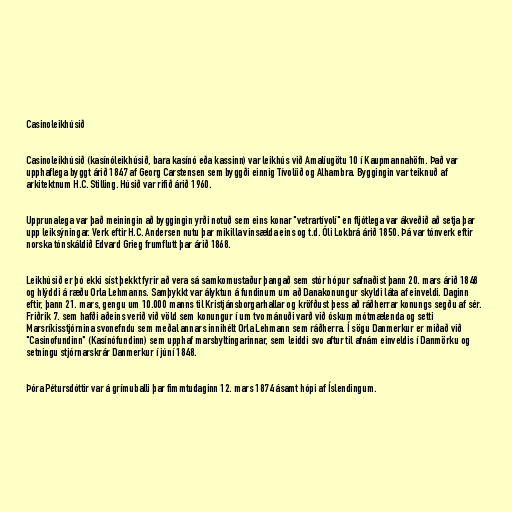
Casinoleikhúsið

Casinoleikhúsið (kasínóleikhúsið, bara kasínó eða kassinn) var leikhús við Amalíugötu 10 í Kaupmannahöfn. Það var
upphaflega byggt árið 1847 af Georg Carstensen sem byggði einnig Tívolíið og Alhambra. Byggingin var teiknuð af
arkitektnum H.C. Stilling. Húsið var rifið árið 1960.

Upprunalega var það meiningin að byggingin yrði notuð sem eins konar "vetrartívolí" en fljótlega var ákveðið að setja þar
upp leiksýningar. Verk eftir H.C. Andersen nutu þar mikilla vinsælda eins og t.d. Óli Lokbrá árið 1850. Þá var tónverk eftir
norska tónskáldið Edvard Grieg frumflutt þar árið 1868.

Leikhúsið er þó ekki síst þekkt fyrir að vera sá samkomustaður þangað sem stór hópur safnaðist þann 20. mars árið 1848
og hlýddi á ræðu Orla Lehmanns. Samþykkt var ályktun á fundinum um að Danakonungur skyldi láta af einveldi. Daginn
eftir, þann 21. mars, gengu um 10.000 manns til Kristjánsborgarhallar og kröfðust þess að ráðherrar konungs segðu af sér.
Friðrik 7. sem hafði aðeins verið við völd sem konungur í um tvo mánuði varð við óskum mótmælenda og setti
Marsríkisstjórnina svonefndu sem meðal annars innihélt Orla Lehmann sem ráðherra. Í sögu Danmerkur er miðað við
"Casinofundinn" (Kasínófundinn) sem upphaf marsbyltingarinnar, sem leiddi svo aftur til afnám einveldis í Danmörku og
setningu stjórnarskrár Danmerkur í júní 1848.

Þóra Pétursdóttir var á grímuballi þar fimmtudaginn 12. mars 1874 ásamt hópi af Íslendingum.